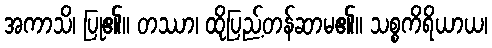
အကာသိ၊ ပြု၏။ တဿာ၊ ထိုပြည့်တန်ဆာမ၏။ သစ္စကိရိယာယ၊